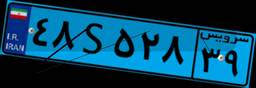
۳۶S۴۴۱۶۴